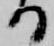
る